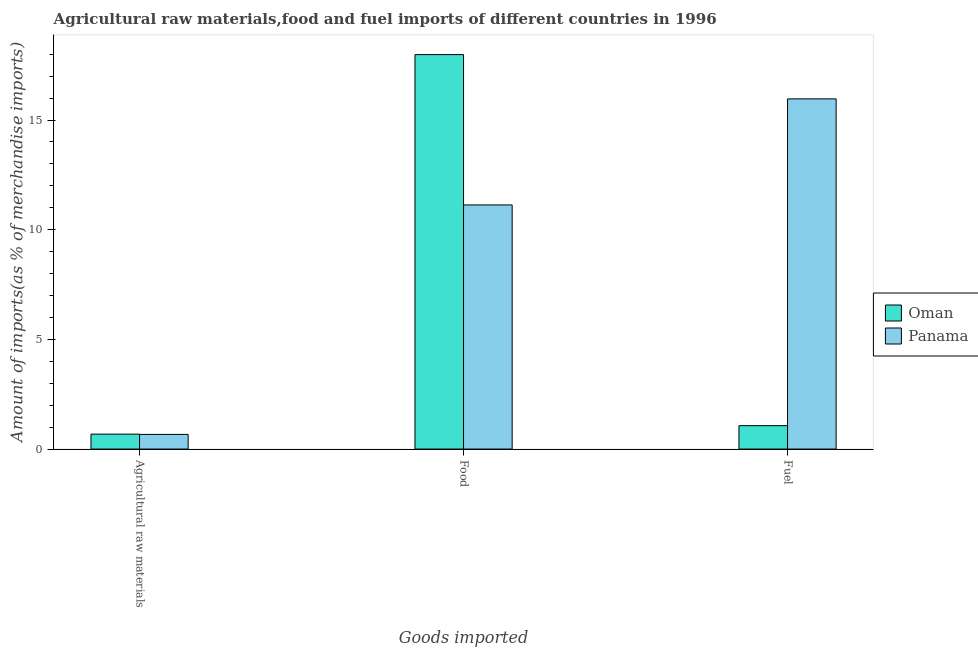
| Goods imported | Oman | Panama |
 | --- | --- | --- |
 | Agricultural raw materials | 0.681 | 0.668 |
 | Food | 18 | 11.1 |
 | Fuel | 1.07 | 16 |